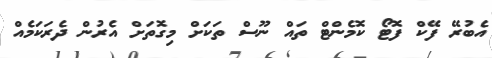
އެބުރޭ ފޭކް ފޮޓޯ ކޮމެންޓް ތައް ނޫސް ތަކަށް މިގޮތަށް އެރުން ދެރަކަމެއް